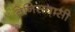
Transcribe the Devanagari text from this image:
वेनिसवासी